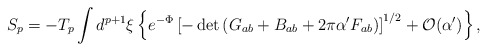
\begin{align*}S_p = - T_p \int d^{p+1} \xi \left\{ e^{-\Phi} \left[ - \det \left( G_{ab} + B_{ab} + 2 \pi \alpha' F_{ab} \right) \right]^{1/2} + {\cal O}(\alpha') \right\},\end{align*}